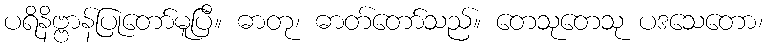
ပရိနိဗ္ဗာန်ပြုတော်မူပြီ။ ဓာတု၊ ဓာတ်တော်သည်။ တေသုတေသု ပဒသေတော၊